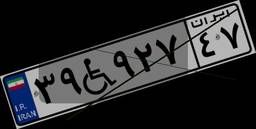
۳۹W۹۲۷۴۷